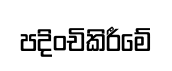
පදිංචිකිරීමේ